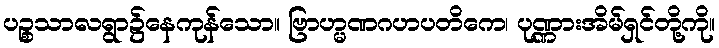
ပဉ္စသာလရွာ၌နေကုန်သော။ ဗြာဟ္မဏဂဟပတိကေ၊ ပုဏ္ဏားအိမ်ရှင်တို့ကို။